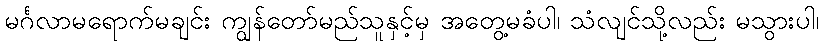
မင်္ဂလာမရောက်မချင်း ကျွန်တော်မည်သူနှင့်မှ အတွေ့မခံပါ၊ သံလျင်သို့လည်း မသွားပါ၊